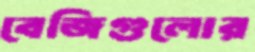
বেজিগুলোর